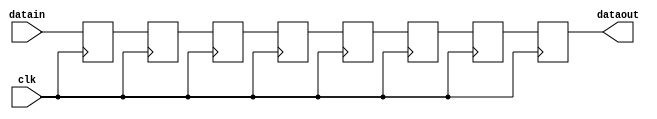
//sfir_shifter.v
(* dont_touch = "yes" *)
module sfir_shifter #(parameter dsize = 16, nbtap = 4)
                     (input clk,input [dsize-1:0] datain, output [dsize-1:0] dataout);

   (* srl_style = "srl_register" *) reg [dsize-1:0] tmp [0:2*nbtap-1];
   integer i;

   always @(posedge clk)
     begin
        tmp[0] <= datain;
        for (i=0; i<=2*nbtap-2; i=i+1)
          tmp[i+1] <= tmp[i];
     end

   assign dataout = tmp[2*nbtap-1];

endmodule
// sfir_shifter